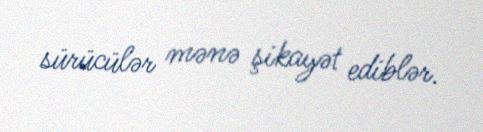
sürücülər mənə şikayət ediblər.